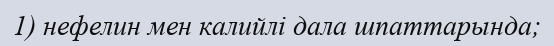
1) нефелин мен калийлі дала шпаттарында;